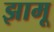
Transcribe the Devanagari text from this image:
झामू